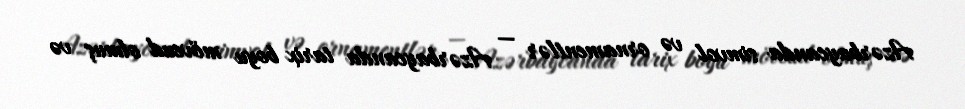
Azərbaycanda simvol və ornamentlər — Azərbaycanda tarix boyu mövcud olmuş və